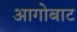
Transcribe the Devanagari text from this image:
आगोबाट